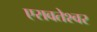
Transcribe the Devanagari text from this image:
एरावतेश्वर